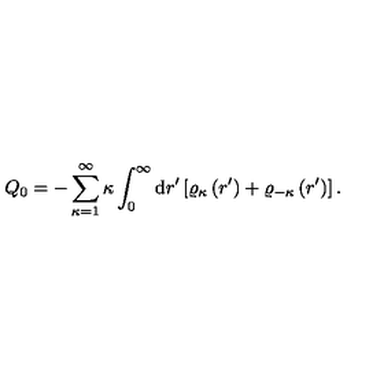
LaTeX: Q _ { 0 } = - \sum _ { \kappa = 1 } ^ { \infty } \kappa \int _ { 0 } ^ { \infty } \mathrm { d } r ^ { \prime } \left[ \varrho _ { \kappa } \left( r ^ { \prime } \right) + \varrho _ { - \kappa } \left( r ^ { \prime } \right) \right] .